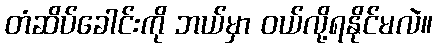
တံဆိပ်ခေါင်းကို ဘယ်မှာ ဝယ်လို့ရနိုင်မလဲ။